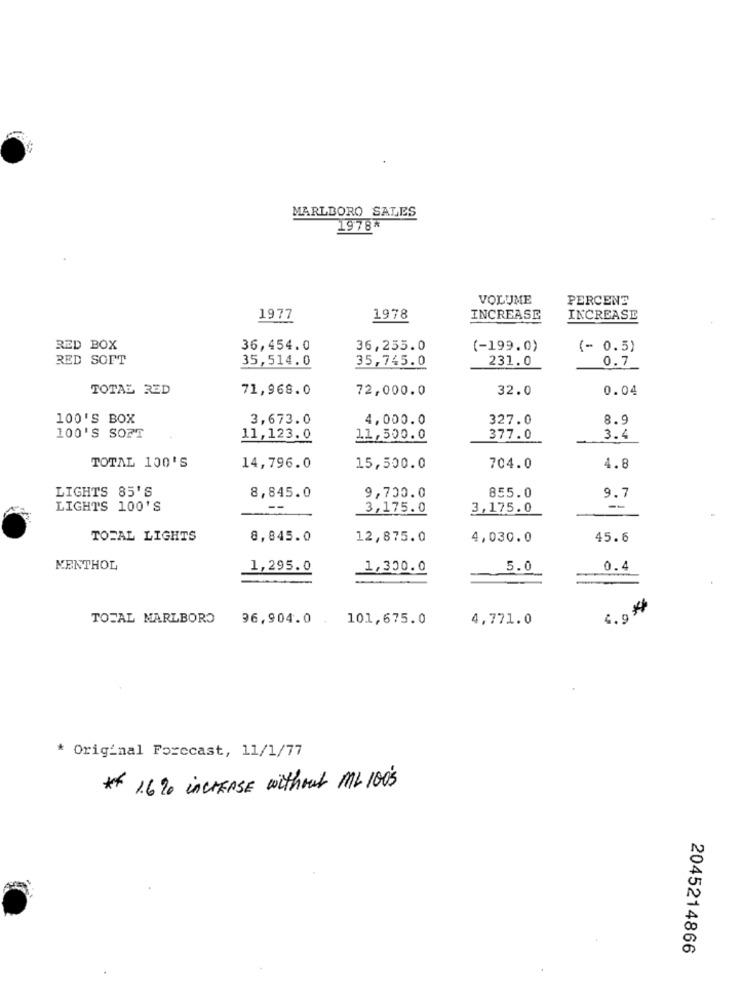
MARLBORO SALES
1978*
VOLUME
PERCENT
1977
1978
INCREASE
INCREASE
RED BOX
36,454.0
36,255.0
(-199.0)
(- 0.5)
RED SOFT
35,514.0
35,745.0
231.0
0.7
TOTAL RED
71,968.0
72,000.0
32.0
0.04
100'S BOX
3,673.0
4,000.0
327.0
8.9
100'S SOFT
11,123.0
11,500.0
377.0
3.4
TOTAL 100'S
14,796.0
15,500.0
704.0
4.8
LIGHTS 85'S
8,845.0
9,700.0
855.0
9.7
LIGHTS 100'S
--
3,175.0
3,175.0
TOTAL LIGHTS
8,845.0
12,875.0
4,030.0
45.6
KENTHOL
1,295.0
1,300.0
5.0
0.4
4.9*
TOTAL MARLBORO
96,904.0 .
101,675.0
4,771.0
* Original Forecast, 11/1/77
* 1,6% INCREASE without ML 1005
2045214866